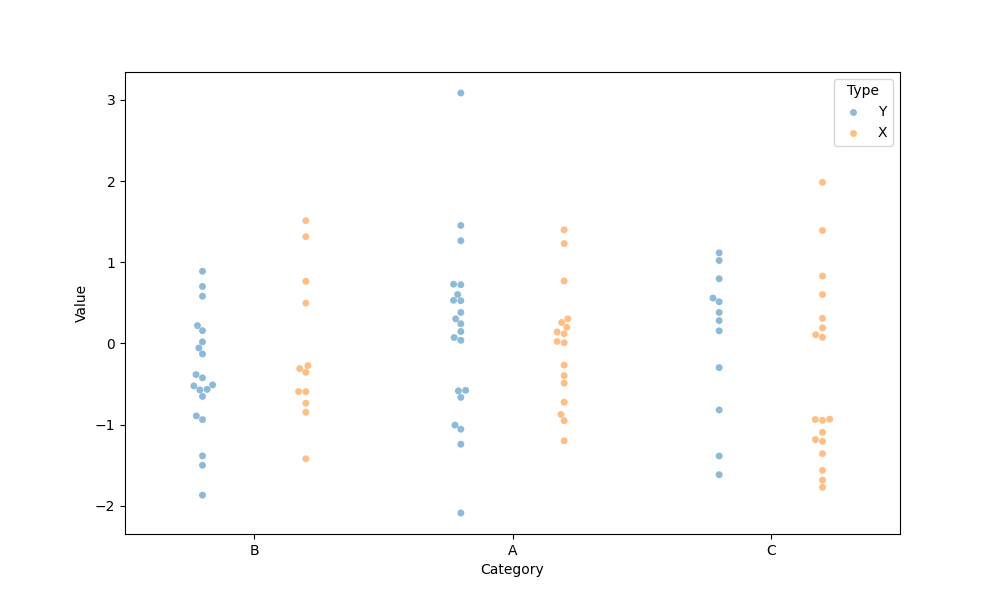
python, seaborn, swarmplot, dodge=True, alpha=0.5, size=5